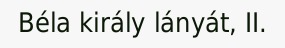
Béla király lányát, II.